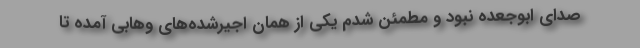
صدای ابوجعده نبود و مطمئن شدم یکی از همان اجیرشده‌های وهابی آمده تا